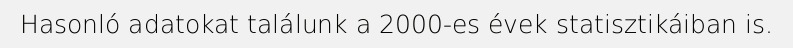
Hasonló adatokat találunk a 2000-es évek statisztikáiban is.